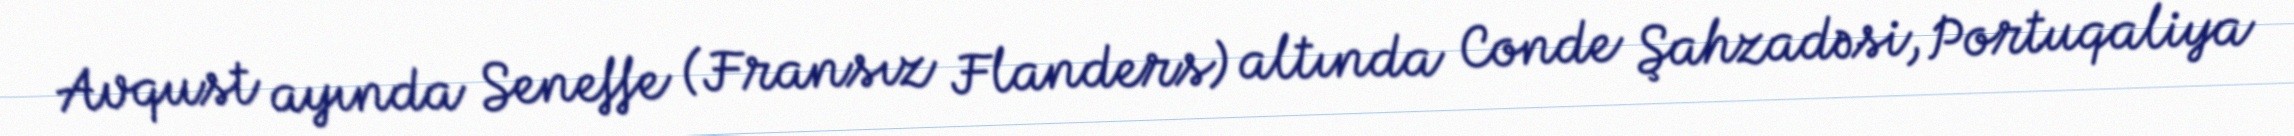
Avqust ayında Seneffe (Fransız Flanders) altında Conde Şahzadəsi, Portuqaliya